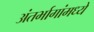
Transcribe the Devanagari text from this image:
अंतर्भागांमध्ये